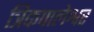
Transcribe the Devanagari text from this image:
त्रिकपालेश्वर